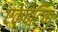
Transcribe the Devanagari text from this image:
एक्वेटिक